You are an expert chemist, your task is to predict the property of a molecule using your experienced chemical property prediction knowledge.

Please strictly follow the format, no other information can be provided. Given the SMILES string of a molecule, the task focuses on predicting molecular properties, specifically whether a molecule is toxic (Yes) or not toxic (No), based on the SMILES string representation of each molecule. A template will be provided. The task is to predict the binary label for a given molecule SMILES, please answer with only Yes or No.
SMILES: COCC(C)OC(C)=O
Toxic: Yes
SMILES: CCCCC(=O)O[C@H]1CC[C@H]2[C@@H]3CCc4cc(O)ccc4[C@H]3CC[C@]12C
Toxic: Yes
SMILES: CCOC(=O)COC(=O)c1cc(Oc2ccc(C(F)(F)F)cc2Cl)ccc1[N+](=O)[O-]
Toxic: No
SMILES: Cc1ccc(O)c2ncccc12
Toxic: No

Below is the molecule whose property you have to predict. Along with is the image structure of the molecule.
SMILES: CC(C)C(O)C(C)(C)CO
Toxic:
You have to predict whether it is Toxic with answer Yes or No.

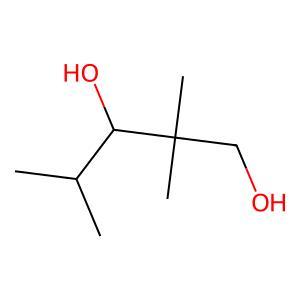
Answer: No